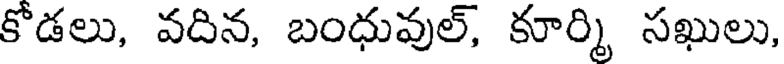
కోడలు, వదిన, బంధువుల్, కూర్మి సఖులు,